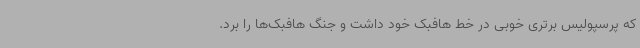
که پرسپولیس برتری خوبی در خط هافبک خود داشت و جنگ هافبک‌ها را برد.